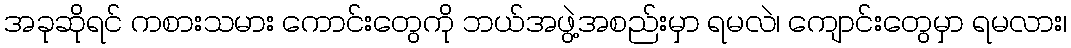
အခုဆိုရင် ကစားသမား ကောင်းတွေကို ဘယ်အဖွဲ့အစည်းမှာ ရမလဲ၊ ကျောင်းတွေမှာ ရမလား၊